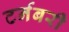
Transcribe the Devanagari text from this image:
टर्नबरी